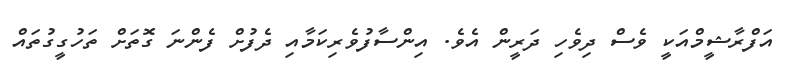
އަފްރާޝީމްއަކީ ވެސް ދިވެހި ދަރީން އެވެ. އިންސާފުވެރިކަމާއި ދެފުށް ފެންނަ ގޮތަށް ތަހުގީގުތައް